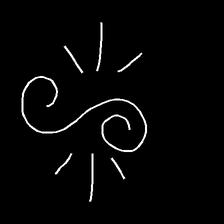
Glyph: wind-directs-air